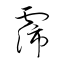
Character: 霈